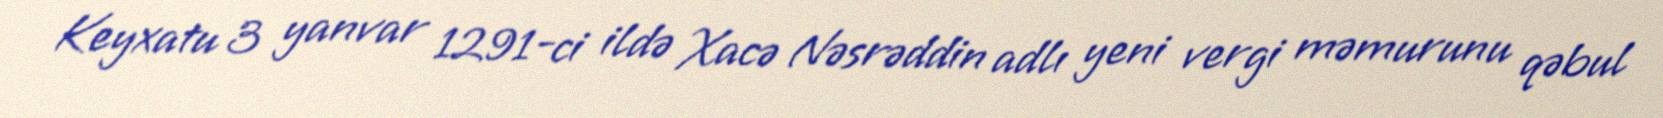
Keyxatu 3 yanvar 1291-ci ildə Xacə Nəsrəddin adlı yeni vergi məmurunu qəbul